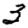
Digit: 3